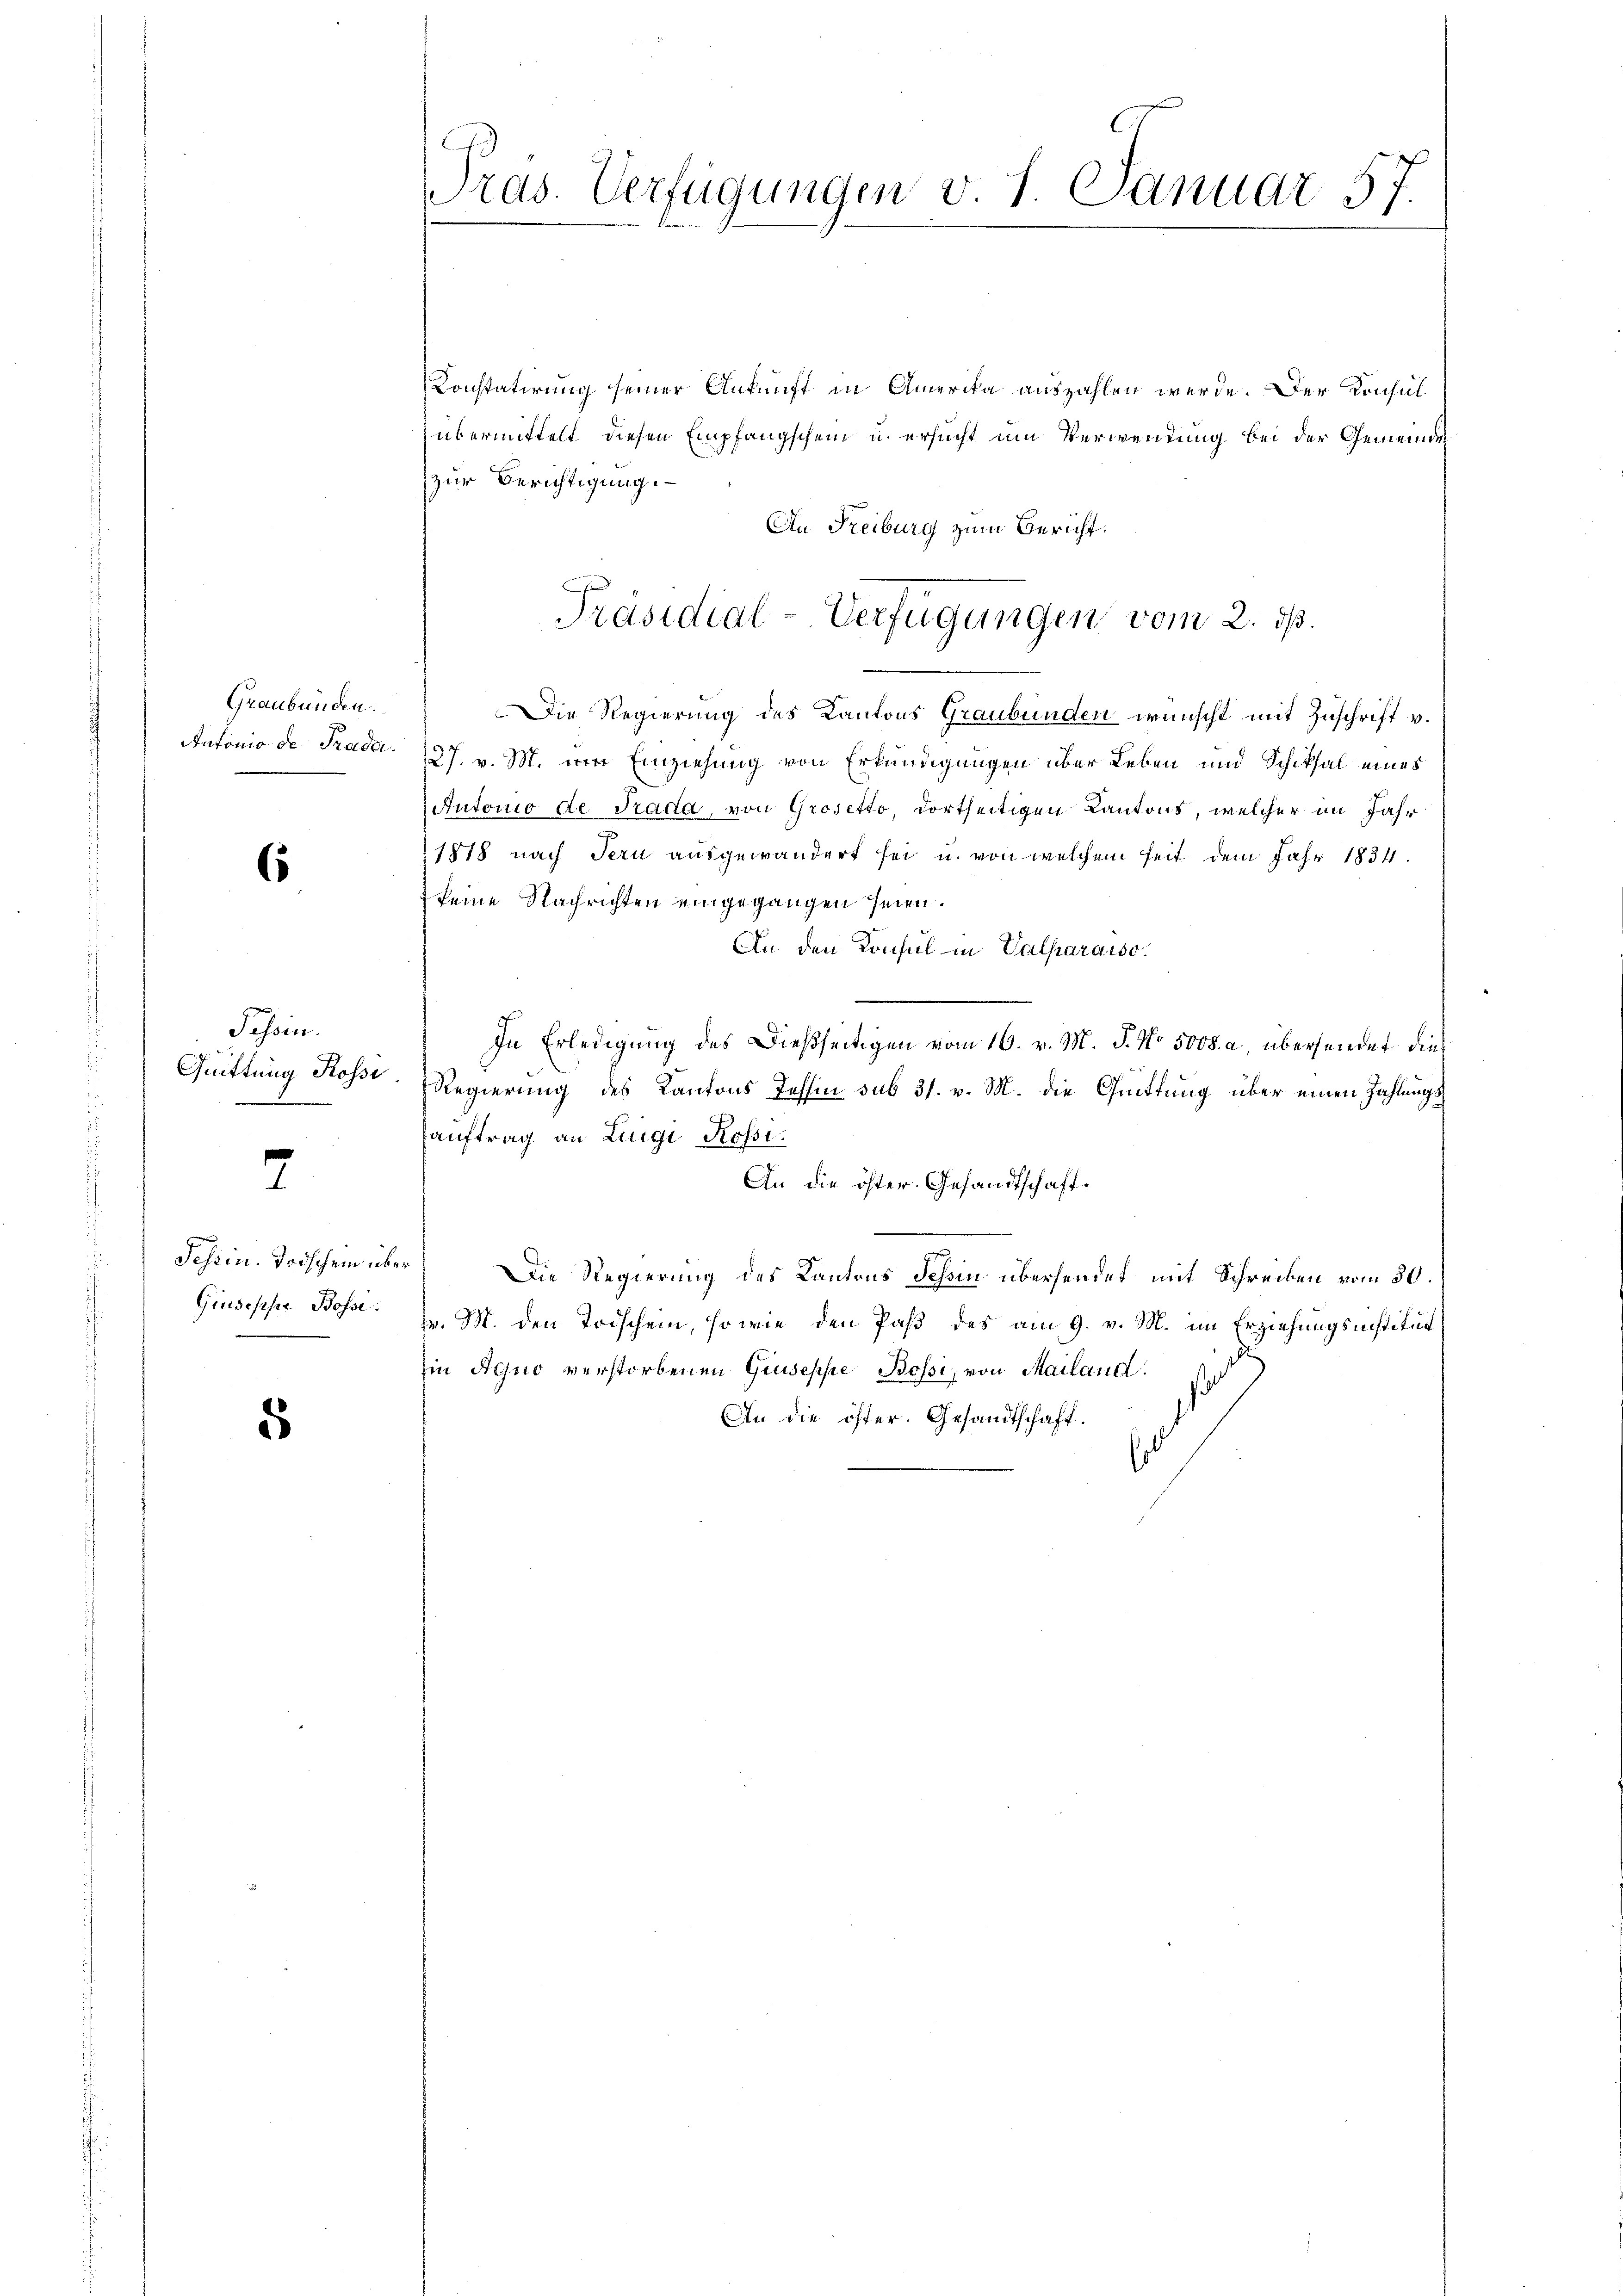
Graubünden
Antonio de Prada.

s

Tessin.
Quittung Rossi

7

Giuseppe Bossi

5

Präs. Verfügungen v. 1. Januar 57.

Konstatirung seiner Ankunft in Amerika auszahlen werde. Der Konsul-
übermittelt diesen Empfangschein u. ersucht um Verwendung bei der Gemeindes
zur Berichtigung.
An Freiburg zum Bericht.

Präsidial-Verfügungen vom 2. ds.

Die Regierung des Kantons Graubünden wünscht mit Zuschrift v.
27. v. M. von Einziehung von Erkundigungen über Leben und Schiksal eines
Autonio de Trada, von Grosetto, dortseitigen Kantons, welcher im Jahr
1878 nach Tern ausgewandert sei u. von welchem heit dem Jahr 1834.
 keine Nachrichten eingegangen seien.
An den Konsul in Valharaiso
In Erledigung des Dießseitigen vom 16. v. M. P. No 5008. a, übersendet die¬
Regierung des Kantons Tessin sub 31. v. M. die Quittung über einen Zahlungsauftrag an Luigi Rossi¬
An die öster. Gesandtschaft.
Schein. Todschein über Die Regierung des Kantons Schon übersendet mit Schreiben vom 30.
v. M. den Todschein, so wie den Paß des am 9. v. M. im Erziehungsinstitut
du
Ein Agno verstorbenen Giuseppe Bossi, von Mailand.
An die öfter. Gesandtschaft.